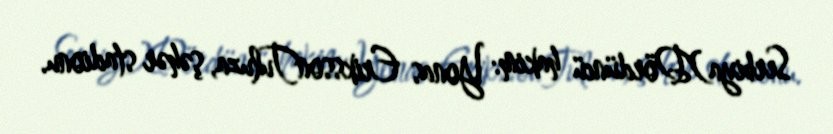
Serbiya)Dördüncü hakim: Yonas ErikssonTuluza, şəhər stadionu.